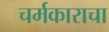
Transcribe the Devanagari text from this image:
चर्मकाराचा